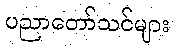
ပညာတော်သင်များ